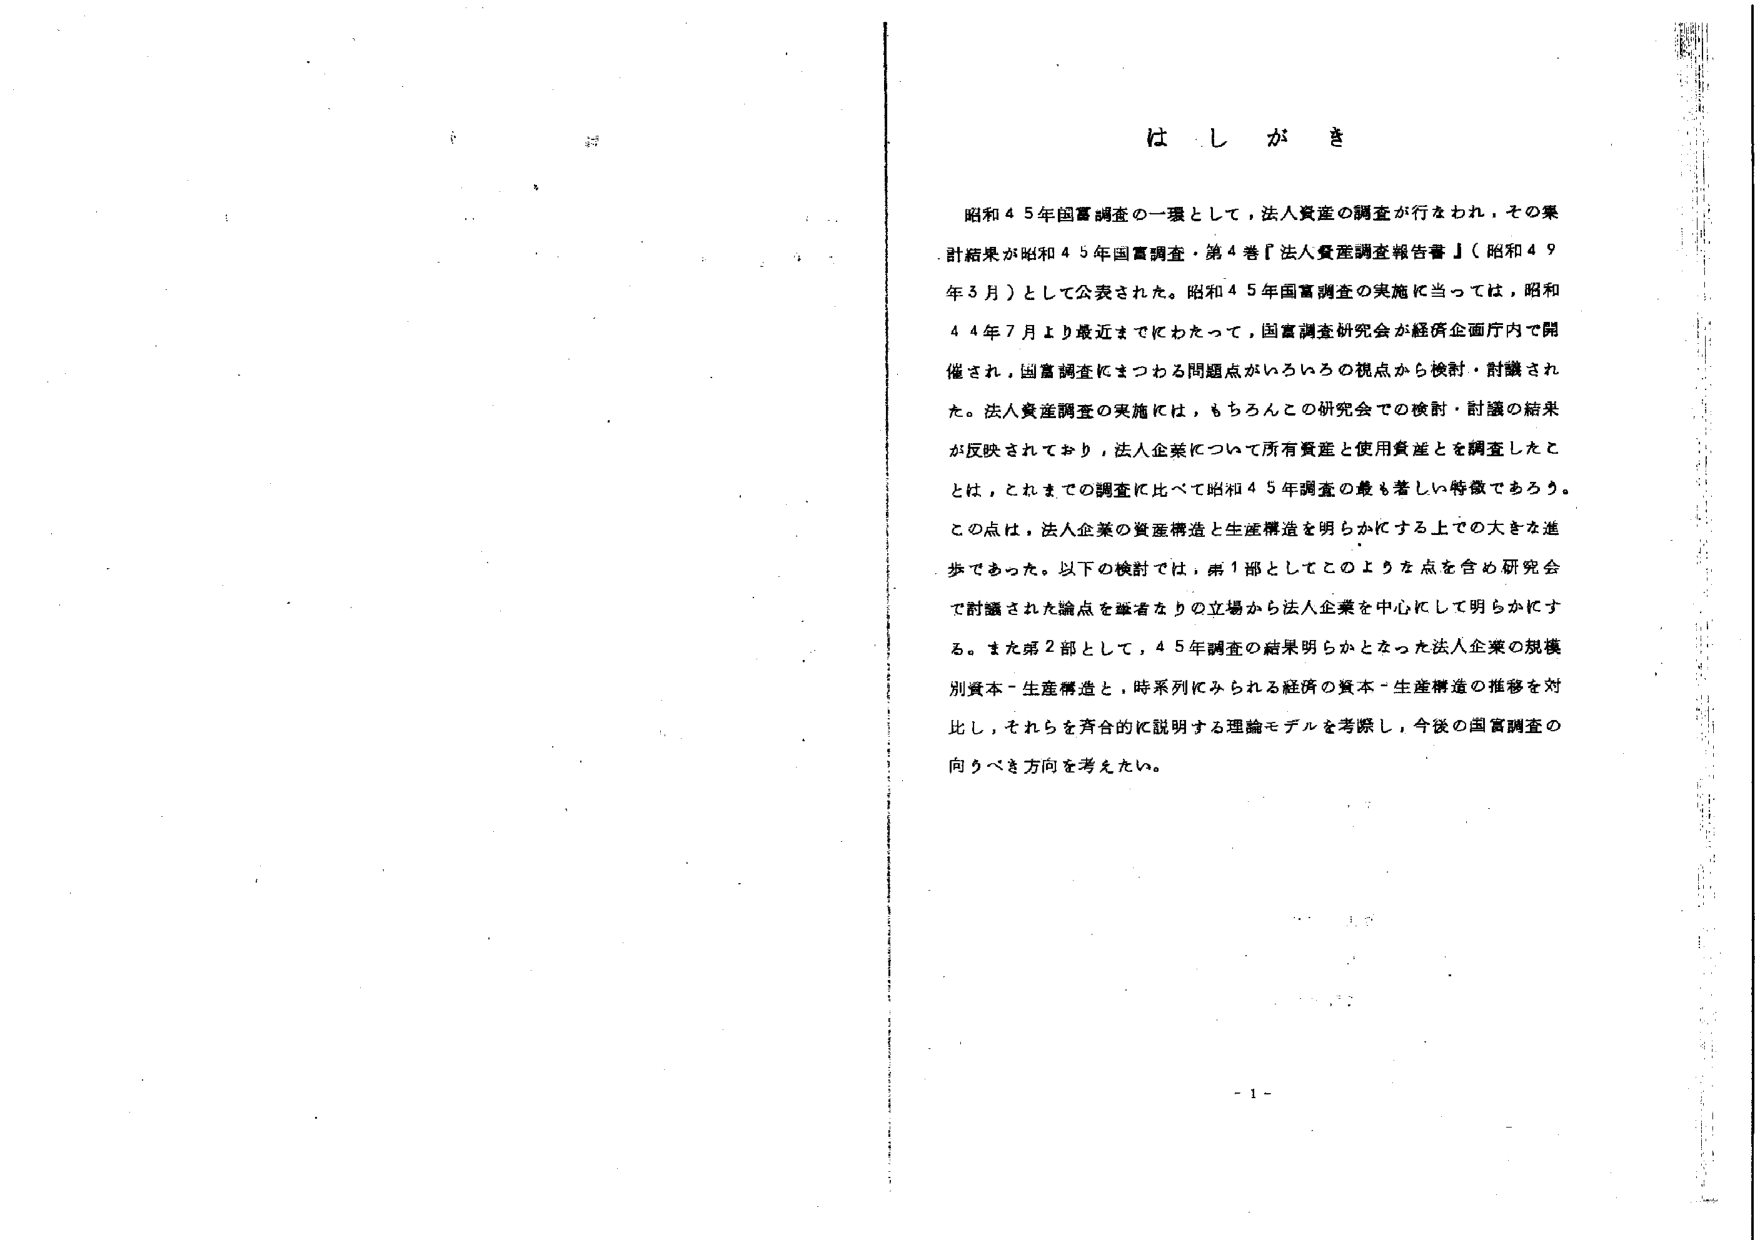
はしがき

昭和45年国富調査の一環として，法人資産の調査が行なわれ，その集計結果が昭和45年国富調査・第4巻『法人資産調査報告書』（昭和49年3月）として公表された。昭和45年国富調査の実施に当っては，昭和44年7月より最近までにわたって，国富調査研究会が経済企画庁内で開催され，国富調査にまつわる問題点がいろいろの視点から検討・討議された。法人資産調査の実施には，もちろんこの研究会での検討・討議の結果が反映されており，法人企業について所有資産と使用資産とを調査したことは，これまでの調査に比べて昭和45年調査の最も著しい特徴であろう。この点は，法人企業の資産構造と生産構造を明らかにする上での大きな進歩であった。以下の検討では，第1部としてこのような点を含め研究会で討議された論点を筆者なりの立場から法人企業を中心に明らかにする。また第2部として，45年調査の結果明らかとなった法人企業の規模別資本－生産構造と，時系列にみられる経済の資本－生産構造の推移を対比し，それらを整合的に説明する理論モデルを考察し，今後の国富調査の向かべき方向を考えたい。

- 1 -